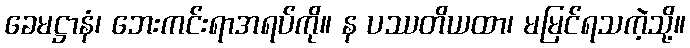
ခေမဋ္ဌာနံ၊ ဘေးကင်းရာအရပ်ကို။ န ပဿတိယထာ၊ မမြင်ရသကဲ့သို့။